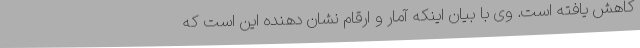
کاهش یافته است. وی با بیان اینکه آمار و ارقام نشان دهنده این است که